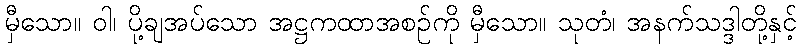
မှီသော။ ဝါ၊ ပို့ချအပ်သော အဋ္ဌကထာအစဉ်ကို မှီသော။ သုတံ၊ အနက်သဒ္ဒါတို့နှင့်